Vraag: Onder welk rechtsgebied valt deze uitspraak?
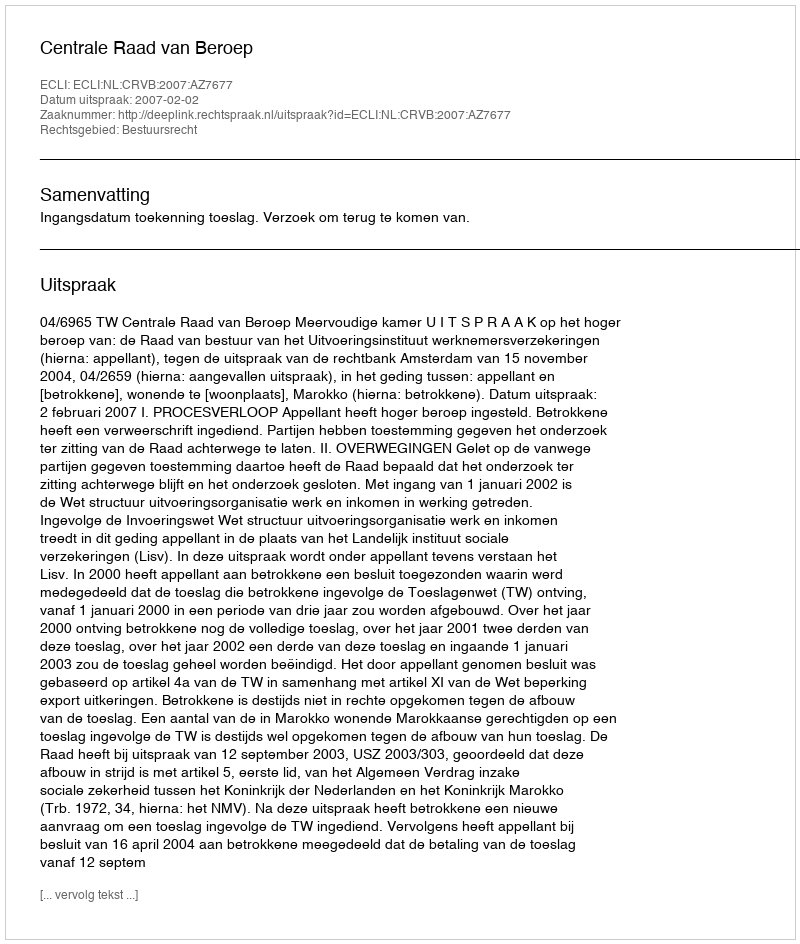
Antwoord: Bestuursrecht